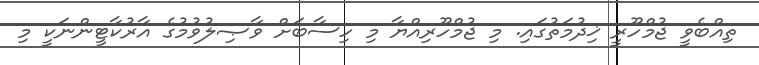
ތިއްބެވީ ޖުމްހޫރީ ޚިދުމަތުގައި. މި ޖުމްހޫރިއްޔާ މި ހިސާބަށް ވާޞިލުވުމުގެ އާރުކާޓީންނަކީ މި